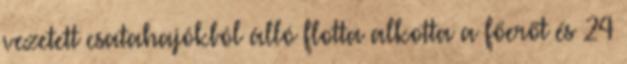
vezetett csatahajókból álló flotta alkotta a főerőt és 24